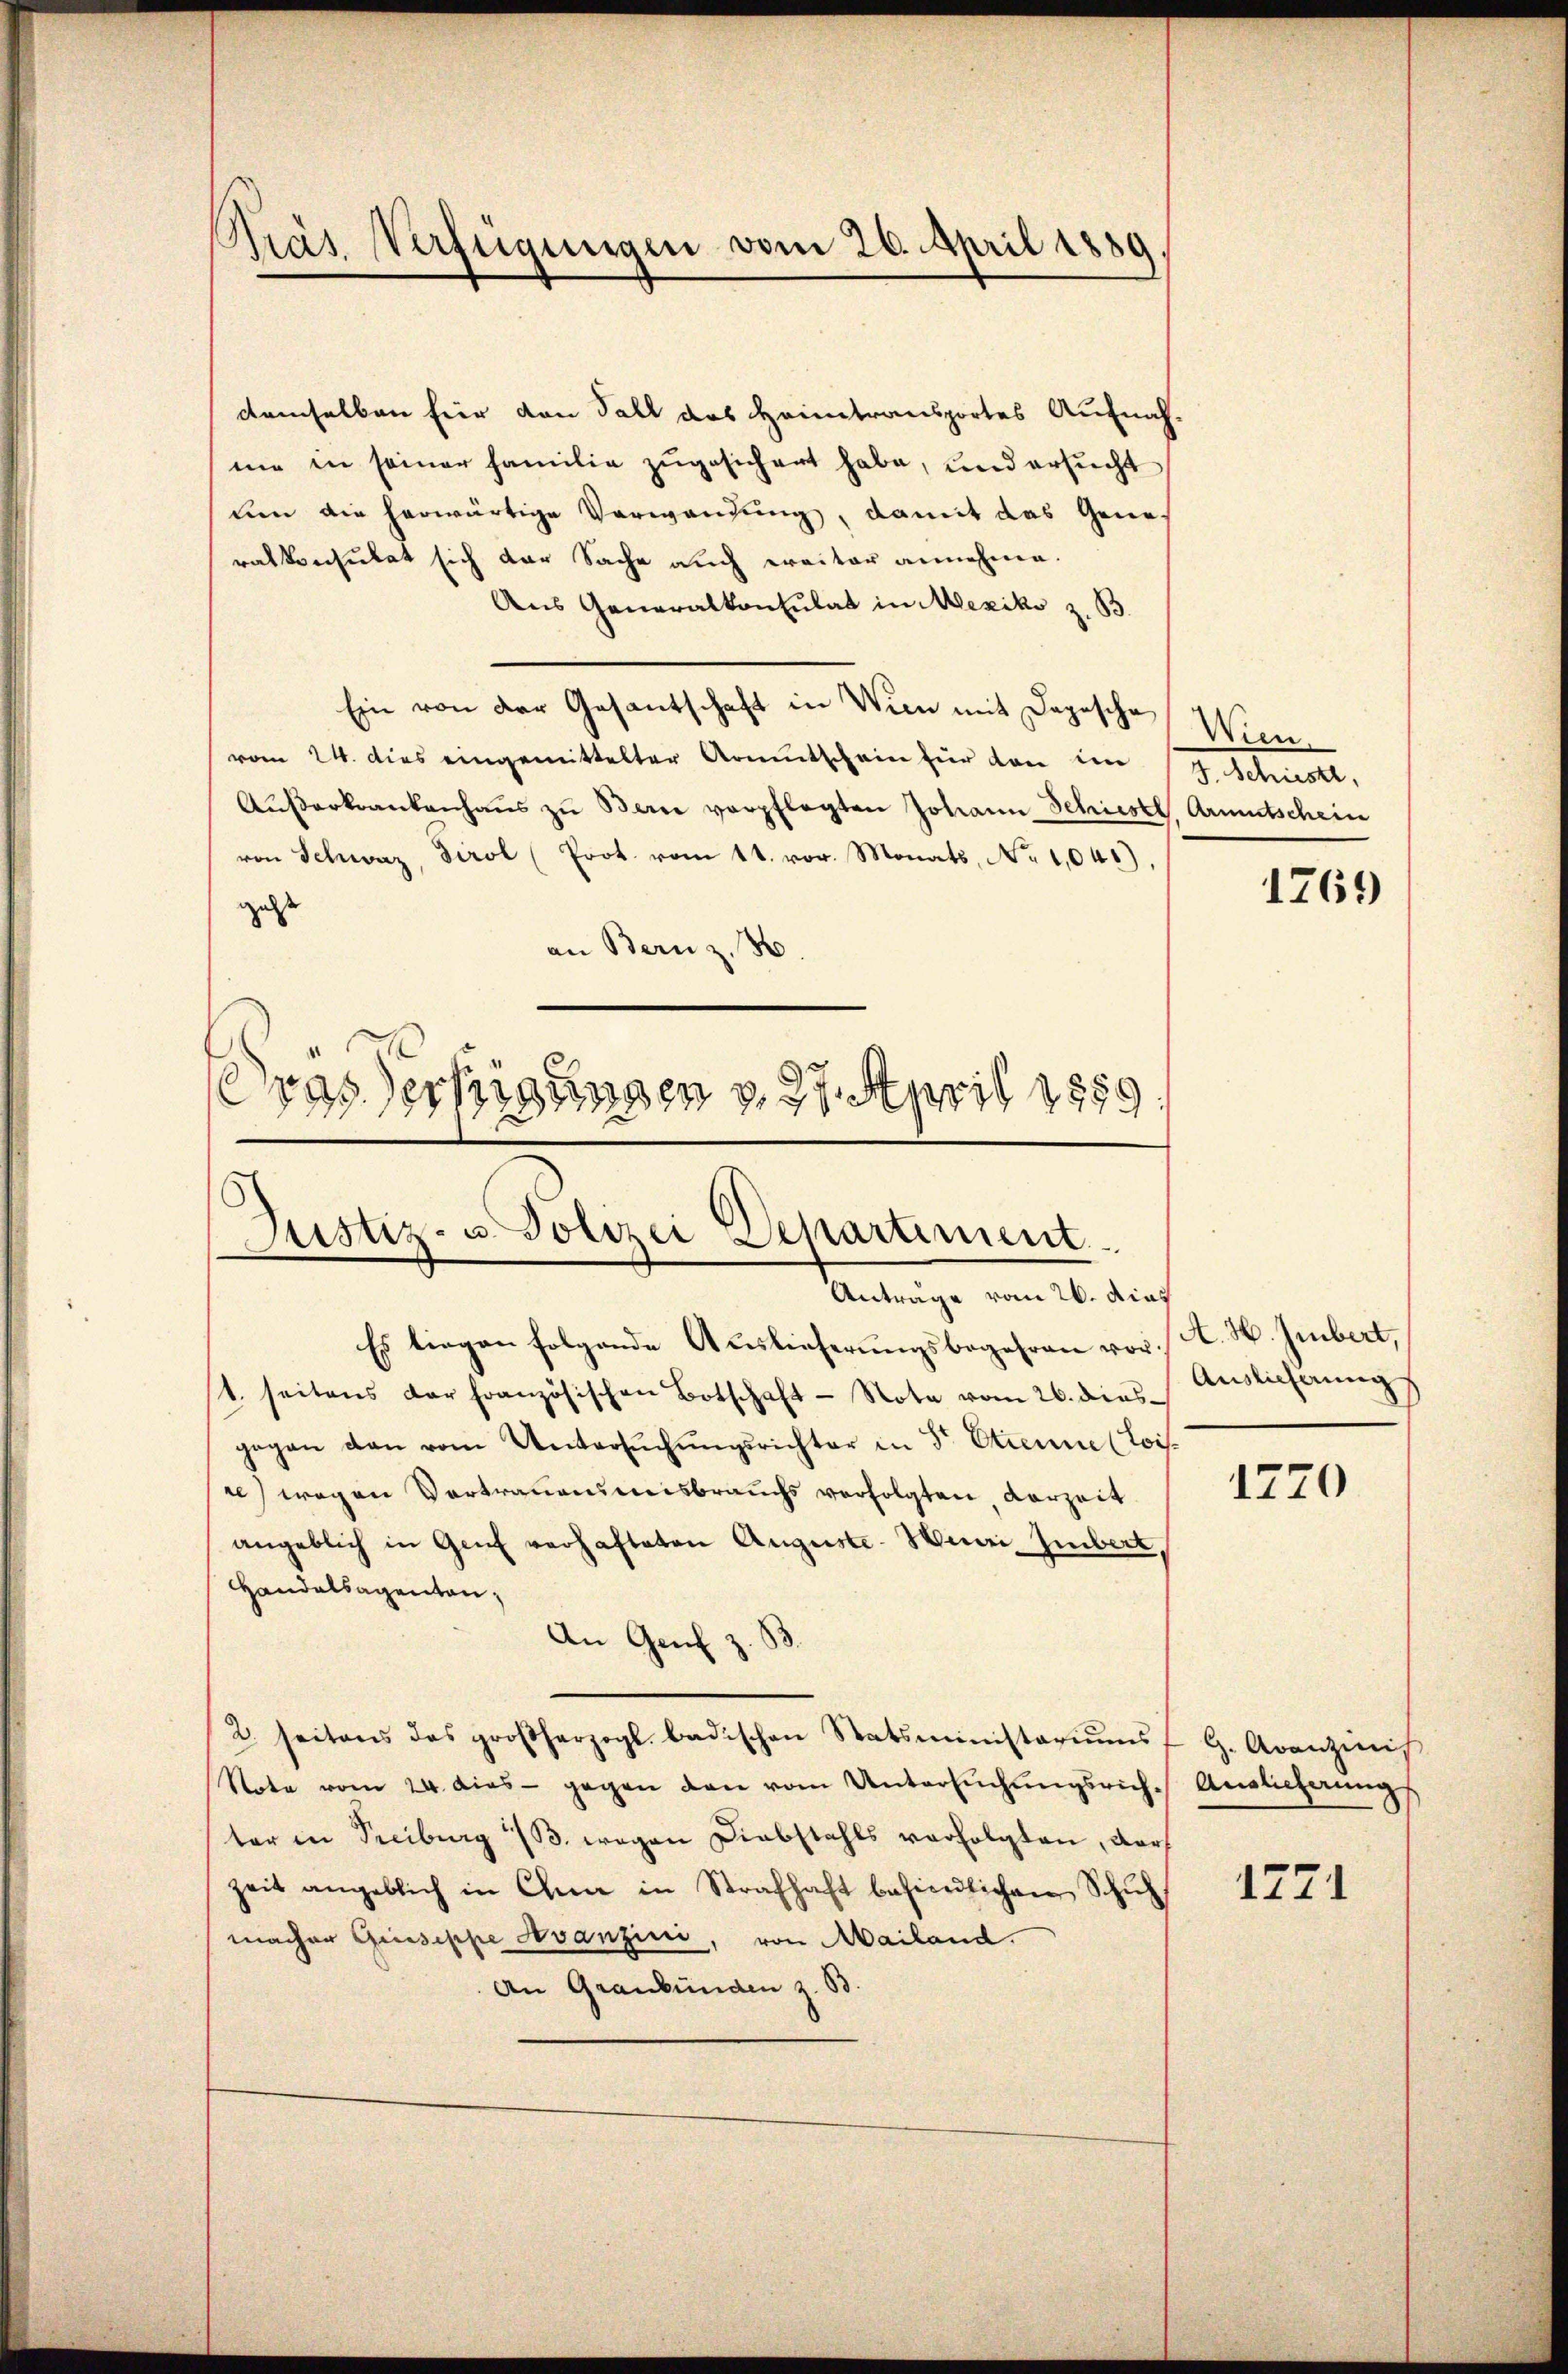
demselben für den Fall das Heimtransportes Aufnah-
ne in seiner Familie zugesichert habe, und ersucht
den die herwärtige Verwendung, damit das Gene-
ratkonsulat sich der Sache auch ereiter annehme.
Aus Generalkonsulat in Mexiko z. B.
Ein von der Gesantschaft in Wien mit Depesche Wievom 24. dies eingemittelter Armutschein für den im 17. Schüest,
Aŭβerkrankenhaŭs zŭ Bern verpflegten Johann Schriestl, Armutschein
von Schweiz, Tirol (Prot. vom 11. vor. Monats, No 1,041).
gelste
an Bern z.
Gras Verfügungen v. 27. April 1859.

Präs. Verfügungen vom 26. April 1889.

Justiz- u. Polizei Departiment
Vertrage vom 16. die
Es liegen folgende Auslieferungsbegehren vor A. H. Imbert,

1. seitens der französischen Botschaft - Nota vom 26. dies
gegen dan vom Untersŭchŭngsrichter in Sr. Etienne (Lois.
re) wegen Vertrauensmisbrauchs verfolgten Vorzeit
angeblich in Genf verhafteten Auguste-Huni, Imbert,
Handelsagenten;
An Genf z.
2. seitens das großherzogl. badischen Statsministoriŭms G. Avanzinis
Note vom 24. dies - gegen den vom Untersŭchŭngsrich. Auslieferungs
ter in Preiburg 13. wegen Diebstahls verfolgten, darf
zeit angeblich in Chun in Strafhaft befindlichen Schulmacher Giuseppe devanzini, von Mailand.
An Graubünden z. B.

Auslicherung
¬

1770

1771

1769